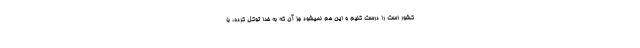
کشور است را درست کنیم و این هم نمیشود جز آن که به خدا توکل کرده، با